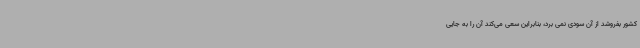
کشور بفروشد از آن سودی نمی برد، بنابراین سعی می‌کند آن را به جایی